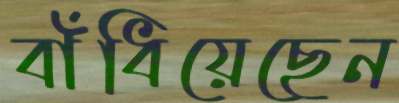
বাঁধিয়েছেন